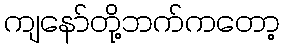
ကျနော်တို့ဘက်ကတော့